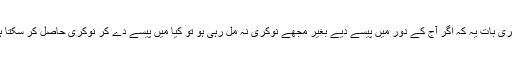
دوسری بات یہ کہ اگر آج کے دور میں پیسے دیے بغیر مجھے نوکری نہ مل رہی ہو تو کیا میں پیسے دے کر نوکری حاصل کر سکتا ہوں؟